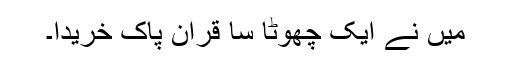
میں نے ایک چھوٹا سا قرآن پاک خریدا۔